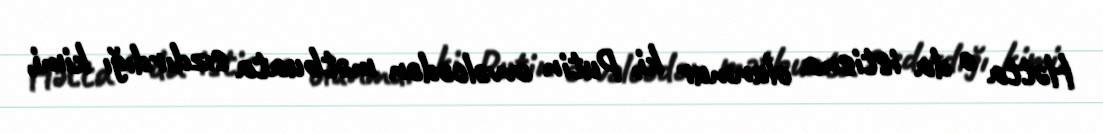
Hətta o da istisna olunmur ki, Putin əvvəlcədən mətbuata sızdırdığı kimi,